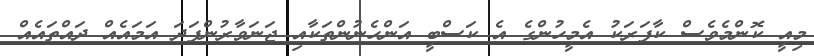
މިއީ ކޮންމެވެސް ކާފަރަކު އެމީހުންގެ އެ ކަސްބީ އަންހެނުންތަކާއި ޖަނަވާރުންފަދަ އަމައެއް ދައްތައެއް